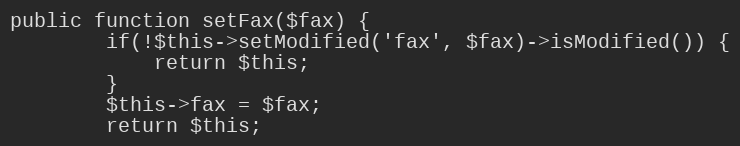
Language: PHP
public function setFax($fax) {
        if(!$this->setModified('fax', $fax)->isModified()) {
            return $this;
        }
		$this->fax = $fax;
		return $this;